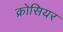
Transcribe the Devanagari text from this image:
क्रोसियर